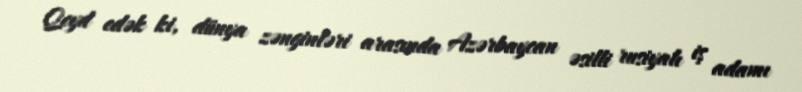
Qeyd edək ki, dünya zənginləri arasında Azərbaycan əsilli rusiyalı iş adamı